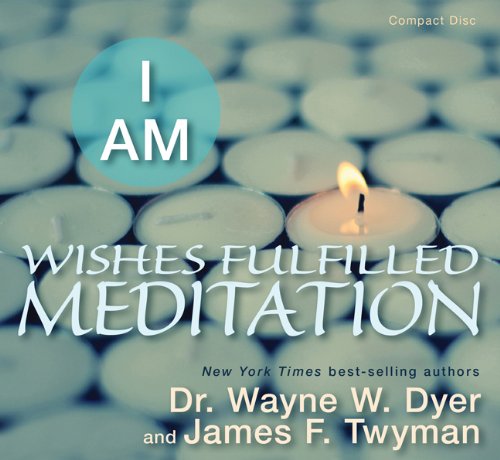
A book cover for I AM Wishes Fulfilled Meditation; Dr. Wayne W. Dyer; Health, Fitness & Dieting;